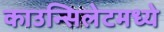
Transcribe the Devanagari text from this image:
काउन्सिलेटमध्ये